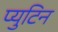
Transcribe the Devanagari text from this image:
प्युटिन